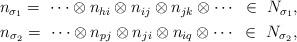
LaTeX: \begin{align*}\begin{gathered}n_{\sigma_1} = \,\,\cdots \otimes n_{hi}\otimes n_{ij}\otimes n_{jk} \otimes \cdots \,\, \, \in \,\, N_{\sigma_1},\\n_{\sigma_2} = \,\, \cdots \otimes n_{pj}\otimes n_{ji} \otimes n_{iq}\otimes \cdots \,\,\, \in \,\, N_{\sigma_2},\end{gathered} \end{align*}